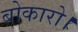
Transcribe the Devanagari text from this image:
बोकारो।